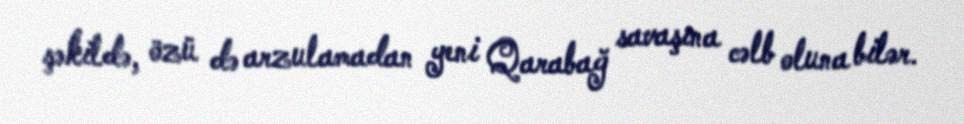
şəkildə, özü də arzulamadan yeni Qarabağ savaşına cəlb oluna bilər.